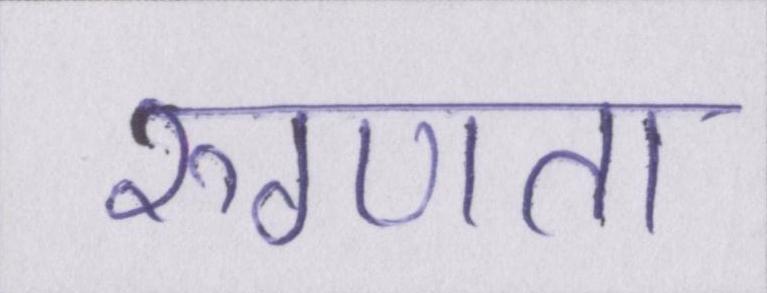
रुग्णता